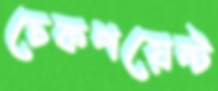
চেকপয়েন্ট